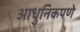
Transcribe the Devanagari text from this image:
आधुनिकपणे